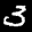
Label: 3